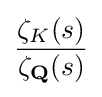
{\frac {\zeta _{K}(s)}{\zeta _{\mathbf {Q} }(s)}}